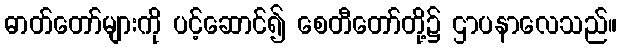
ဓာတ်တော်များကို ပင့်ဆောင်၍ စေတီတော်တို့၌ ဌာပနာလေသည်။